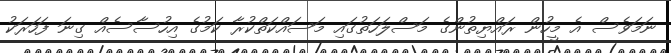
ނަމަވެސް އެ މީހުން ރައްޔިތުންގެ މަސްލަހަތުގައި މަސައްކަތްކުރާ ކަމުގެ އިހުސާސެއް ގިނަ ފަހަރަކު